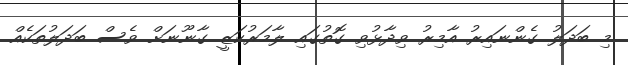
މި ބަދަލު ގެންނައިރު އާމިރު ވިދާޅުވި ގޮތުގައި ލާމަރުކަޒީ ގާނޫނަށް ވެސް ބަދަލުތަކެއް